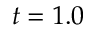
t = 1 . 0